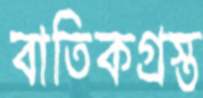
বাতিকগ্রস্ত